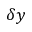
\delta y